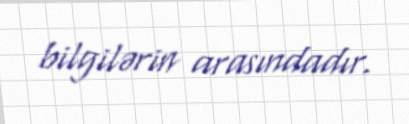
bilgilərin arasındadır.